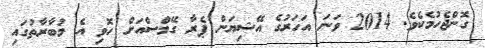
ގޮންޖެހުމެކެވެ. 2014 ވަނަ އަހަރުގެ އޭޝިޔަން ޕެރާ ގޭމްސްއަށް ހޮވި އެ މުބާރާތުގައި